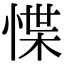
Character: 惵